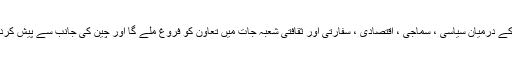
چھنگ تاو میں منعقد ہونے والے اجلاس سے یہ توقع کی جا سکتی ہے کہ رکن ممالک کے درمیان سیاسی ، سماجی ، اقتصادی ، سفارتی اور ثقافتی شعبہ جات میں تعاون کو فروغ ملے گا اور چین کی جانب سے پیش کردہ بنی نوع انسان کے لیے ایک ہم نصیب سماج کے قیام کے نظریے کو تقویت ملے گی۔